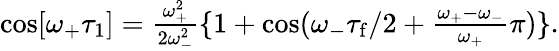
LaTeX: \begin{array}{r}{\cos[\omega_{+}\tau_{1}]=\frac{\omega_{+}^{2}}{2\omega_{-}^{2}}\{ 1+\cos(\omega_{-}\tau_{\mathrm{f}}/2+\frac{\omega_{+}-\omega_{-}}{\omega_{+}}\pi)\} .}\end{array}